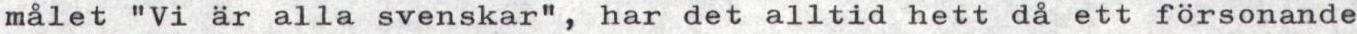
målet "Vi är alla svenskar, har det alltid hett då ett försonande